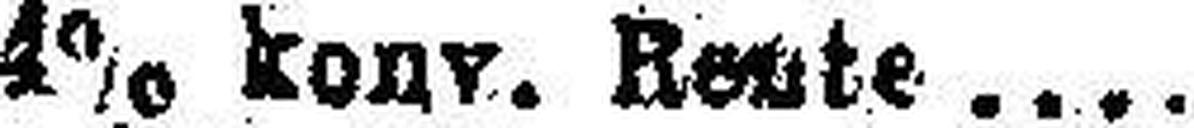
4% konr. Reute....